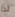
لذا